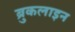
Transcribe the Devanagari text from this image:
ब्रुकलाइन